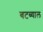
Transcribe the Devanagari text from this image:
बटब्याल